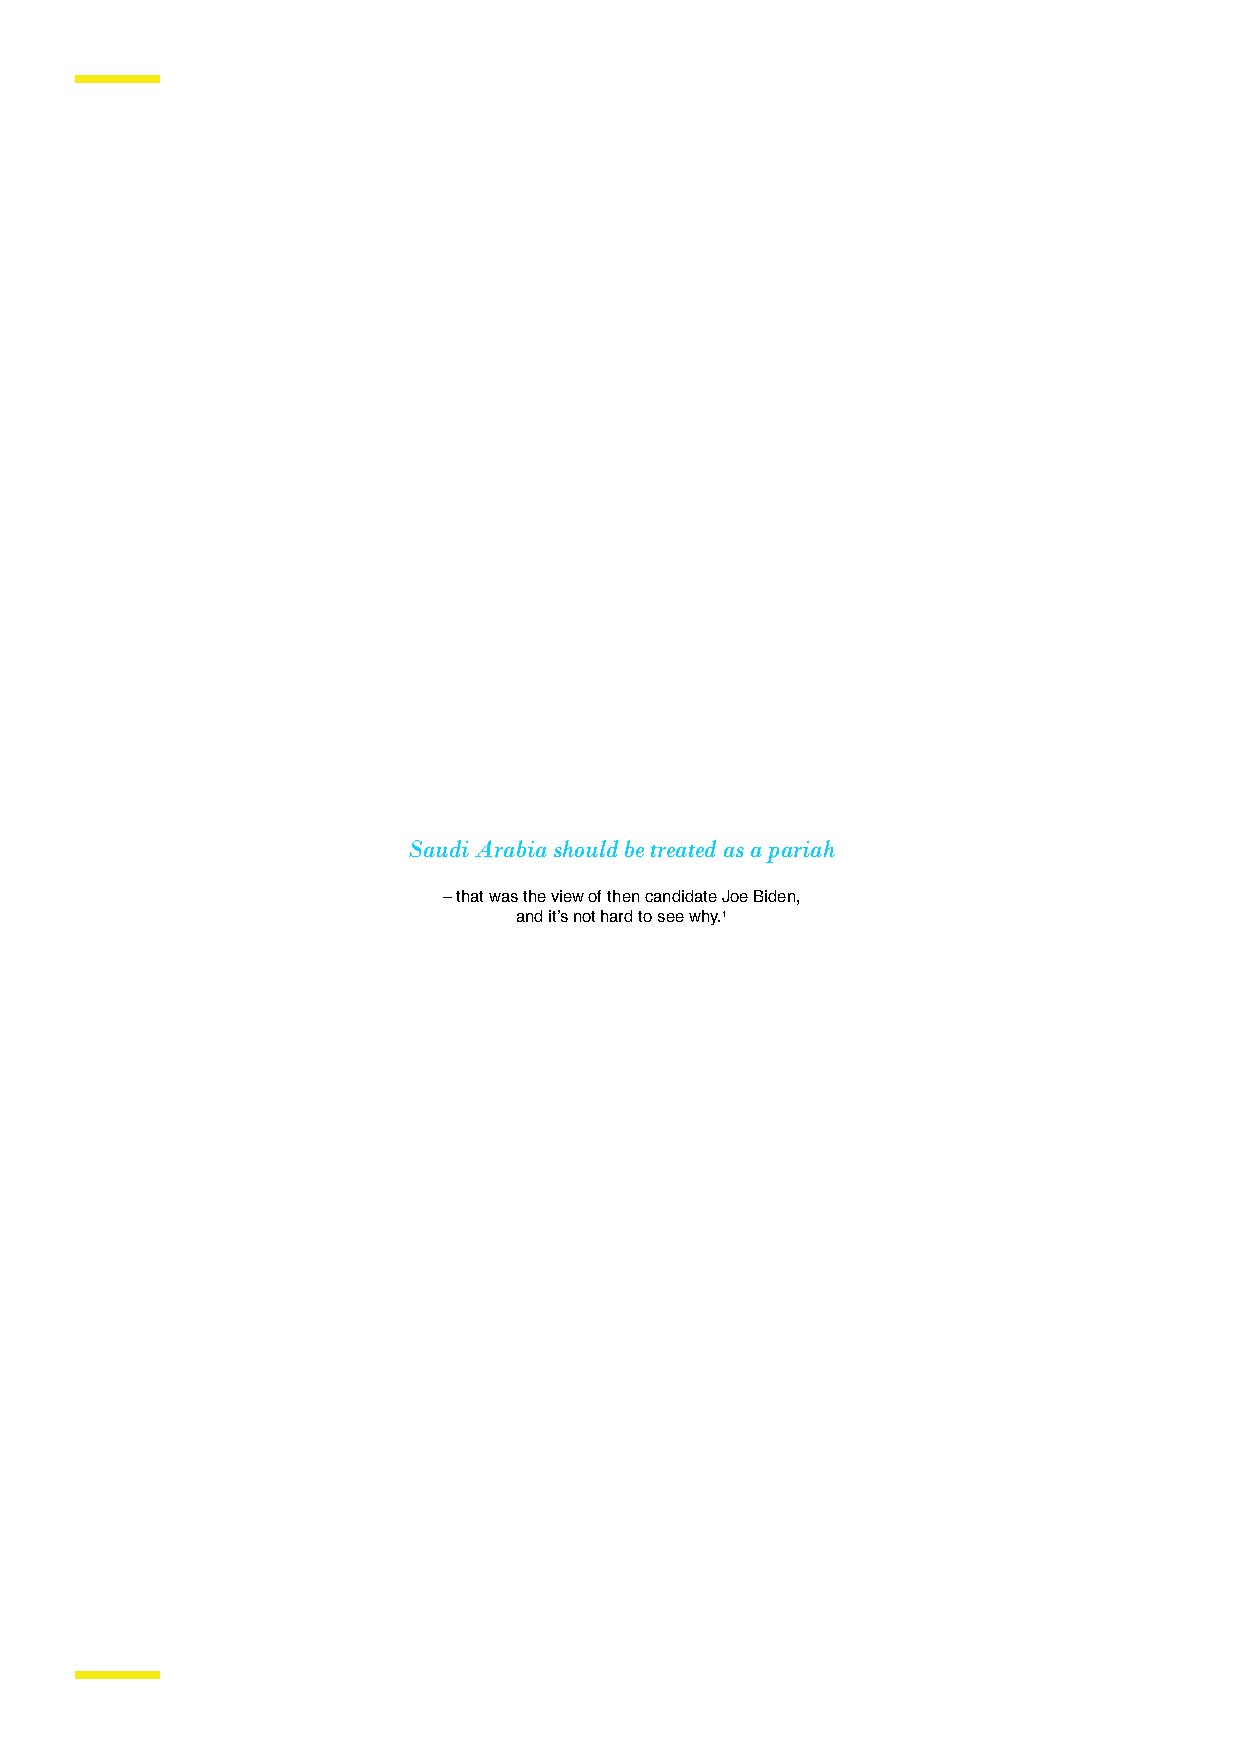
Saudi Arabia should be treated as a pariah
 – that was the view of then candidate Joe Biden,
 and it’s not hard to see why.1